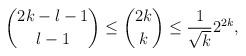
LaTeX: \begin{align*} \binom{2k-l-1}{l-1} \leq \binom{2k}{k} \leq \frac{1}{\sqrt{k}} 2^{2k},\end{align*}